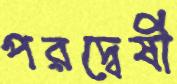
পরদ্বেষী